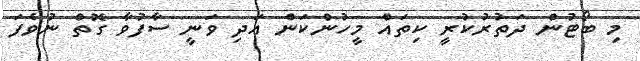
މި ބޯޓުން ދަތުރުކުރީ ކިތައް މީހުންކަން އަދި ވަނީ ސާފުވާ ގޮތް ނުވެފަ